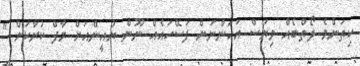
ކިތަންމެ ލޯތްބެއް ވިޔަސް އަހަންނަށް ފަސޭހައެއް ނޫން ޔުއީންއަށް މާފް ކުރާކަށް "